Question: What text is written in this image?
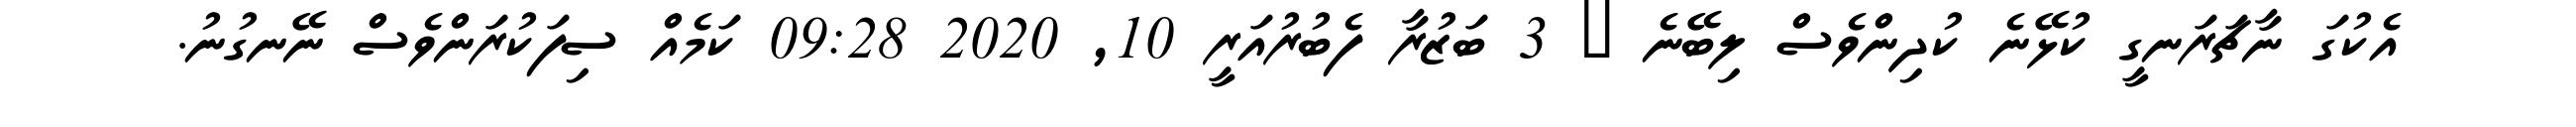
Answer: އެކުގަ ނާޗަރަނގީ ކުޅޭނެ ކުދިންވެސް ލިބޭނެ ? 3 ބަޒުރާ ފެބުރުއަރީ 10, 2020 09:28 ކަމެއް ސިފަކުރަންވެސް ނޭނގުނު.